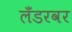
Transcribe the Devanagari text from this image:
लँडरवर